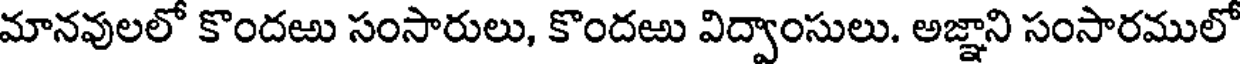
మానవులలో కొందఱు సంసారులు, కొందఱు విద్వాంసులు. అజ్ఞాని సంసారములో